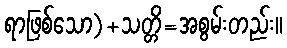
ရာဖြစ်သော)+သတ္တိ=အစွမ်းတည်း။